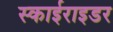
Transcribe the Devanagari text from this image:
स्काईराइडर